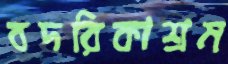
বদরিকাশ্রম